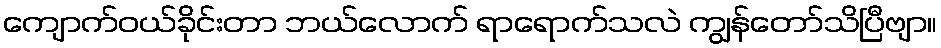
ကျောက်ဝယ်ခိုင်းတာ ဘယ်လောက် ရာရောက်သလဲ ကျွန်တော်သိပြီဗျာ။